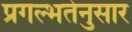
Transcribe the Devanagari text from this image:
प्रगल्भतेनुसार